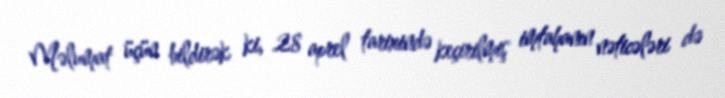
Məlumat üçün bildirək ki, 28 aprel tarixində keçirilmiş imtahanın nəticələri də